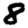
Digit: 8